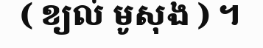
( ខ្យល់ មូសុង ) ។